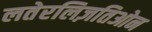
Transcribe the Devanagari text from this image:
लतेरलिज़तिओन